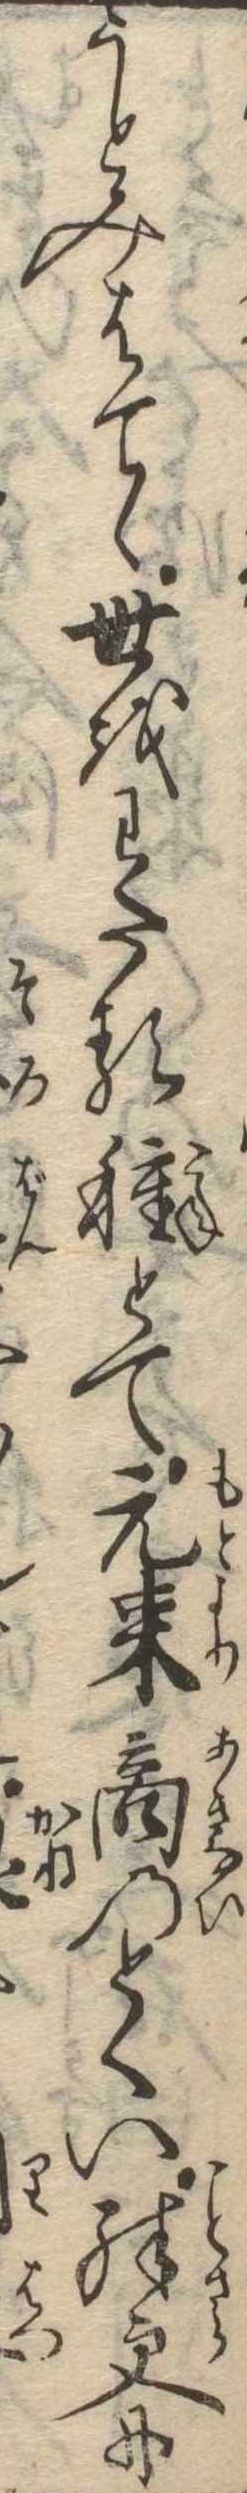
うとみはてゝ世をわたる種とて元来商のとくい殊更に